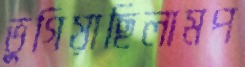
ভুগিয়াছিলামপ